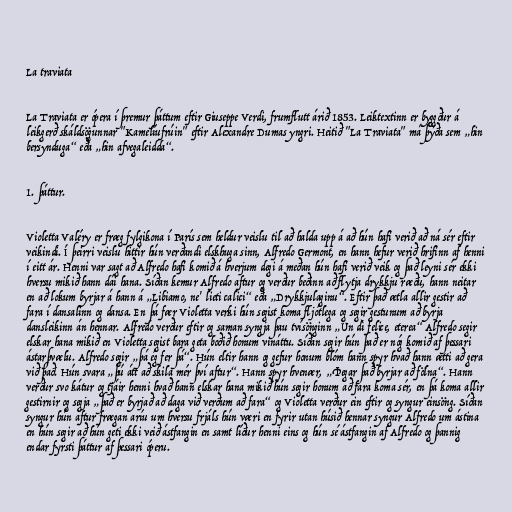
La traviata

La Traviata er ópera í þremur þáttum eftir Giuseppe Verdi, frumflutt árið 1853. Leiktextinn er byggður á
leikgerð skáldsögunnar "Kamelíufrúin" eftir Alexandre Dumas yngri. Heitið "La Traviata" má þýða sem „hin
bersynduga“ eða „hin afvegaleidda“.

1. þáttur.

Violetta Valéry er fræg fylgikona í París sem heldur veislu til að halda upp á að hún hafi verið að ná sér eftir
veikindi. Í þeirri veislu hittir hún verðandi elskhuga sinn, Alfredo Germont, en hann hefur verið hrifinn af henni
í eitt ár. Henni var sagt að Alfredo hafi komið á hverjum degi á meðan hún hafi verið veik og það leyni sér ekki
hversu mikið hann dái hana. Síðan kemur Alfredo aftur og verður beðinn að flytja drykkju ræðu, hann neitar
en að lokum byrjar á hann á „Libiamo, ne' lieti calici“ eða „Drykkjulaginu“. Eftir það ætla allir gestir að
fara í dansalinn og dansa. En þá fær Violetta verki hún segist koma fljótlega og segir gestunum að byrja
dansleikinn án hennar. Alfredo verður eftir og saman syngja þau tvísönginn „Un dì felice, eterea“ Alfredo segir
elskar hana mikið en Violetta segist bara geta boðið honum vináttu. Síðan segir hún það er nóg komið af þessari
ástarþvælu. Alfredo segir „þá ég fer þá“. Hún eltir hann og gefur honum blóm hann spyr hvað hann ætti að gera
við það. Hún svara „þú átt að skila mér því aftur“. Hann spyr hvenær, „Þegar það byrjar að fölna“. Hann
verður svo kátur og tjáir henni hvað hann elskar hana mikið hún segir honum að fara koma sér, en þá koma allir
gestirnir og segja „það er byrjað að daga við verðum að fara“ og Violetta verður ein eftir og syngur einsöng. Síðan
syngur hún aftur frægan aríu um hversu frjáls hún væri en fyrir utan húsið hennar syngur Alfredo um ástina
en hún segir að hún geti ekki veið ástfangin en samt líður henni eins og hún sé ástfangin af Alfredo og þannig
endar fyrsti þáttur af þessari óperu.